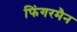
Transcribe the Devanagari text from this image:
फिंगरमैन